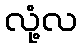
လုံ့လ